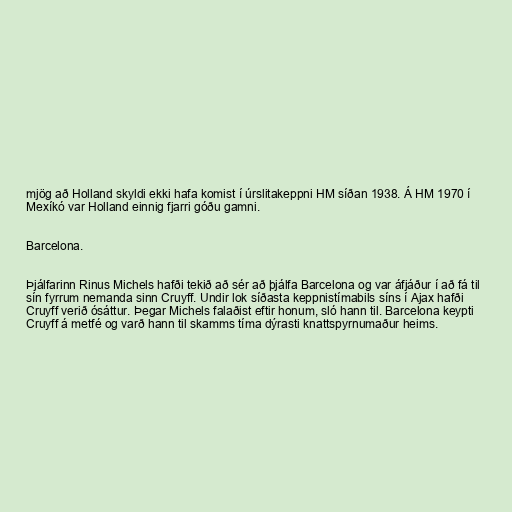
mjög að Holland skyldi ekki hafa komist í úrslitakeppni HM síðan 1938. Á HM 1970 í
Mexíkó var Holland einnig fjarri góðu gamni.

Barcelona.

Þjálfarinn Rinus Michels hafði tekið að sér að þjálfa Barcelona og var áfjáður í að fá til
sín fyrrum nemanda sinn Cruyff. Undir lok síðasta keppnistímabils síns í Ajax hafði
Cruyff verið ósáttur. Þegar Michels falaðist eftir honum, sló hann til. Barcelona keypti
Cruyff á metfé og varð hann til skamms tíma dýrasti knattspyrnumaður heims.